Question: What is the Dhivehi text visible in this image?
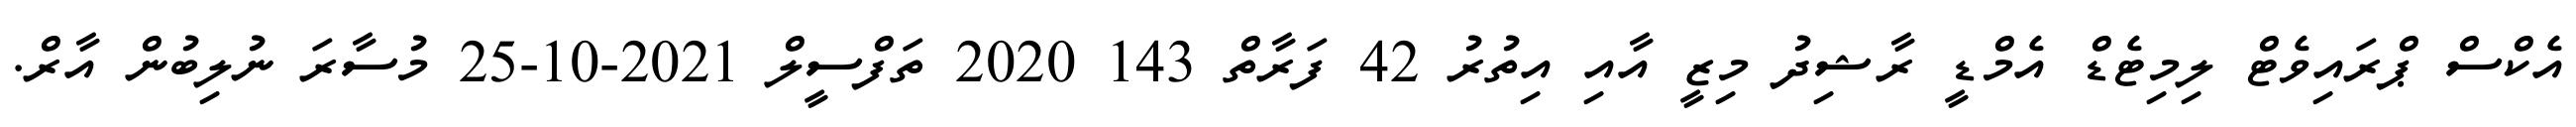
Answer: އެކްސް ޕްރައިވެޓް ލިމިޓެޑް އެމްޑީ ރާޝިދު މިޒީ އާއި އިތުރު 42 ފަރާތް 143 2020 ތަފްސީލް 2021-10-25 މުސާރަ ނުލިބުން އާރް.